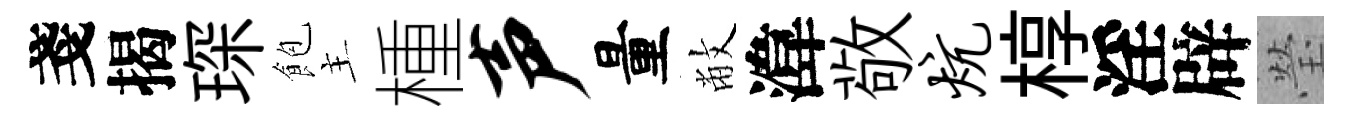
戔揭琛飽主㮔声量敝湋敬炕椁淫辟瑩